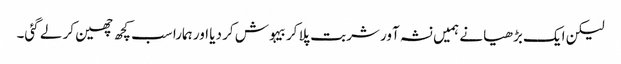
لیکن ایک بڑھیا نے ہمیں نشہ آور شربت پلا کر بیہوش کر دیا اور ہمارا سب کچھ چھین کر لے گئی۔